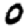
Digit: 0